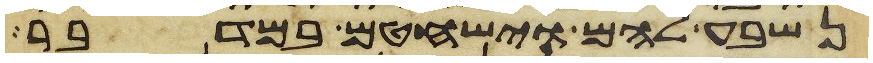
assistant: נשבע להם וישחטם במדבר